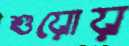
শুয়োয়